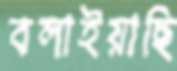
বলাইয়াছি